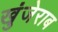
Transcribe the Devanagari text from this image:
खुंजेराब